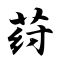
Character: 荮